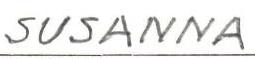
SUSANNA